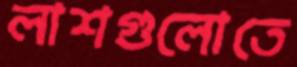
লাশগুলোতে